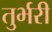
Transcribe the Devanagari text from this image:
तुर्भरी